Medical and sanitary report of the native army of Madras for the year
Year: 1875
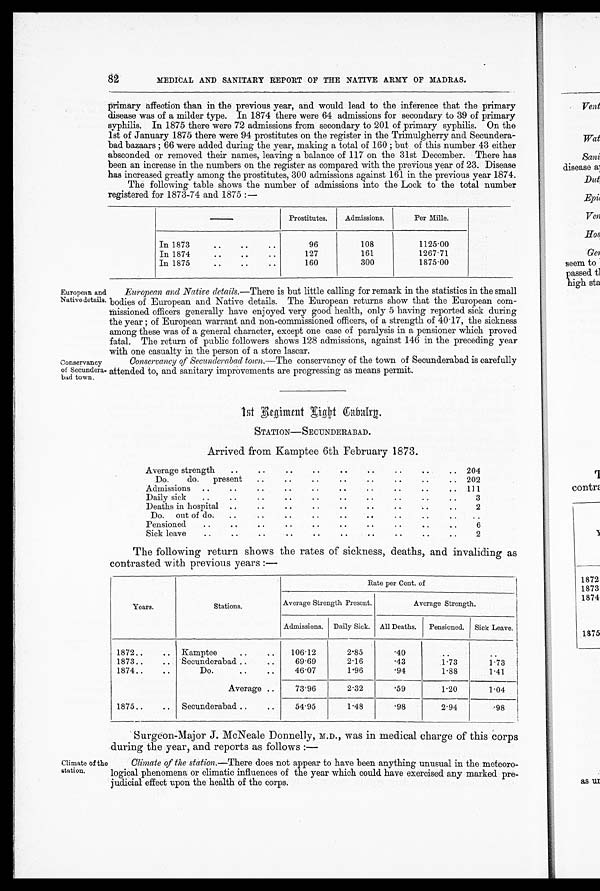
primary affection than in the previous year, and would lead to the inference that the primary
disease was of a milder type. In 1874 there were 64 admissions for secondary to 39 of primary
syphilis. In 1875 there were 72 admissions from secondary to 201 of primary syphilis. On the
1st of January 1875 there were 94 prostitutes on the register in the Trimulgherry and Secundera-
bad bazaars ; 66 were added during the year, making a total of 160 ; but of this number 43 either
absconded or removed their names, leaving a balance of 117 on the 31st December. There has
been an increase in the numbers on the register as compared with the previous year of 23. Disease
has increased greatly among the prostitutes, 300 admissions against 161 in the previous year 1874.
The following table shows the number of admissions into the Lock to the total number
registered for 1873-74 and 1875 :—
Prostitutes.
Admissions.
Per Mille.
In 1873
..
..
..
96
108
1125.00
In 1874
..
..
..
127
161
1267.71
In 1875
..
..
..
160
300
1875.00
European and
Native details.
Conservancy
of Secundera
had town.
European and Native details.—There is but little calling for remark in the statistics in the small
bodies of European and Native details. The European returns show that the European com-
missioned officers generally have enjoyed very good health, only 5 having reported sick during
the year ; of European warrant and non-commissioned officers, of a strength of 40 . 17, the sickness
among these was of a general character, except one case of paralysis in a pensioner which proved
fatal. The return of public followers shows 128 admissions, against 146 in the preceding year
with one casualty in the person of a store lascar.
Conservancy of Secunderabad town.—The conservancy of the town of Secunderabad is carefully
attended to, and sanitary improvements are progressing as means permit.
Climate Of the
station.
"1st Regiment Light Cabalrn.
STATION—SECUNDERABAD.
Arrived from Kamptee 6th February 1873.
Average strength
..
..
..
..
..
..
. .
..
..
204
Do. do.present
.
...
202
Admissions
..
..
111
Daily sick
..
..
..
..
..
..
..
..
..
3
Deaths in hospital
..
. .
..
. .
. .
• .
2
Do.
out of do.
..
..
..
..
..
..
..
..
..
Pensioned.
..
..
..
..
..
. .
..
6
Sick leave..
..
. .
. .
....
..
..
..
2
The following return shows the rates of sickness, deaths, and invaliding as
contrasted with previous years :—
Years
Stations .
Rate per Cent. of
Average Strength Present.
Average Strength.
Admissions. Daily Sick. All Deaths.
Pensioned. Sick Leave.
1872..
..
Kamptee
..
..
106 . 12
2.85
.40
..
1873..
..
Secunderabad ..
..
69.69
2.16
.43
1.73
1.73
1874..
..
Do.
..
..
46.07
1.96
.94
1.88
1.41
Average ..
73.96
2.32
.59
1.20
1.04
1875..
.. Secunderabad. ..
..
54.95
1.48
. 9 8
2.94
. 9 8
Surgeon-Major J. McNeale Donnelly, M.D., was in medical charge of this corps
during the year, and reports as follows :—
Climate of the station.—There does not appear to have been anything unusual in the
meteoro—logical phenomena or climatic influences of the year which could have exercised any marked pre-
judicial effect upon the health of the corps.